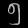
Digit: ၅